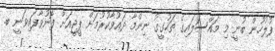
ފުލުހުން ބުނީ މި މައްސަލައިގެ ތަހުގީގު ނިންމާ ދައުވާކުރުމަށް ޕީޖީއަށް ފޮނުވާފައިވަނީ ބ.